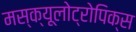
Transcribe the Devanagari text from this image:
मस्क्यूलोट्रोपिक्स